Newspaper: Belmont chronicle. [volume]
Place of publication: St. Clairsville, Ohio
Publisher: B.R. Cowen
Date: 1885-03-19 00:00:00
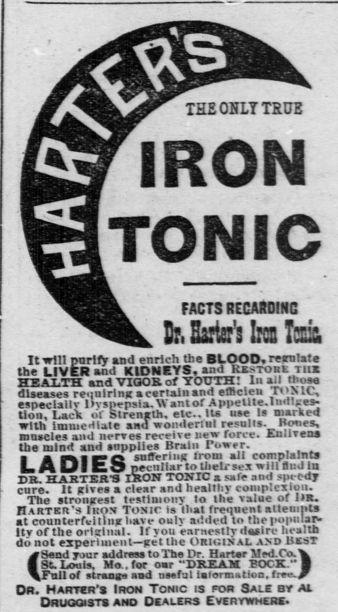
Advertisement text (OCR):
It will parity and enrich the BLOOD, resnhite the LIVER and KIDNEYS, and Ksjtoril Tna HEAXTH andVIOOKof YOTTH! In M those dlsem r.ulrinncrlalDnl etlleien TviNie, especially l)vsm-psla.V, antof Appellle.Iiirtlses tion. Lack of glrenaui. etc.. lu use Is marked with initutrilale and womlertMl results. Howes, muscles aU nerves receive new rorce. Enlivens the mln and snppiles Brain Tower. m pknaA safferiiig Irom all complaints LA 1JI CO peculiar to their sex will Slid la IB. HiRISSS IRON TONIC a safe and K fdy cure, lt KiTes a clear and healthy complexion. The Btronxest testimony lo lhe value of lR. Hartkr's Ikom Tonic is lhat frequent aitenmta at counterfieillnrlMSve oulv added to the Hplap. ltv of the orlct nal. If you earnestly das ire health do not experiment cetlhe ORIGINAL AD BSST (Send Tour address to The Pr. Hartar Med Co. V St Loots, Mo., for oar "DREAM BOCK." I Fall of strmaa aad netful iaiormittioa. ti.J DR. Harvcr's Irom Tonic is tor Sali bt Al DRUOQirrs ano Dealers Eve rywmcrs. fMf 1ROIM FACTS RECAADINC X I:, Sris's ta foil
Label: illustrations